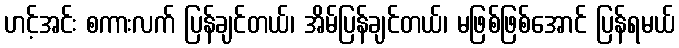
ဟင့်အင်း စကားလက် ပြန်ချင်တယ်၊ အိမ်ပြန်ချင်တယ်၊ မဖြစ်ဖြစ်အောင် ပြန်ရမယ်